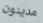
مدينون